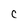
Character: C